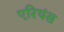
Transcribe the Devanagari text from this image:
एरियंस